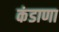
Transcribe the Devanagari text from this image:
कंडाणा